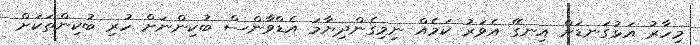
މިހާރު އަޅުގަނޑަށް އިނގޭ އެވަރު ކަމެއް ނިމިގެންދިޔާމަ އެޑްވާންސް ބުކިންނަށް ހުރި ބުކިންތަކަށް